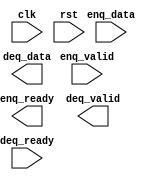

module fifo #(
  parameter WIDTH    = 32, // data width is 32-bit
  parameter LOGDEPTH = 3   // 2^3 = 8 entries
) (
  input clk,
  input rst,

  // Write interface (enqueue)
  input  enq_valid,
  input  [WIDTH-1:0] enq_data,
  output enq_ready,

  // Read interface (dequeue)
  output deq_valid,
  output [WIDTH-1:0] deq_data,
  input deq_ready
);

  // TODO: Your code

endmodule